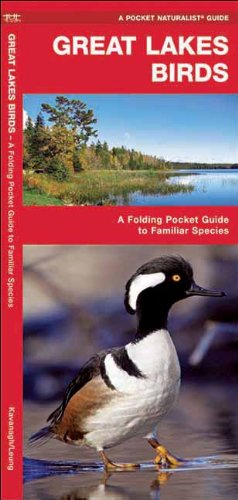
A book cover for Great Lakes Birds: A Folding Pocket Guide to Familiar Species (Pocket Naturalist Guide Series); James Kavanagh; Travel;